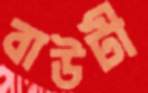
বাউটী